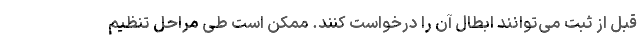
قبل از ثبت می‌توانند ابطال آن را درخواست کنند. ممکن است طی مراحل تنظیم